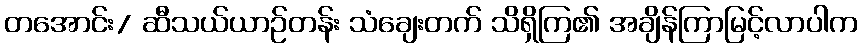
တအောင်း/ ဆီသယ်ယာဉ်တန်း သံချေးတက် သိရှိကြ၏ အချိန်ကြာမြင့်လာပါက